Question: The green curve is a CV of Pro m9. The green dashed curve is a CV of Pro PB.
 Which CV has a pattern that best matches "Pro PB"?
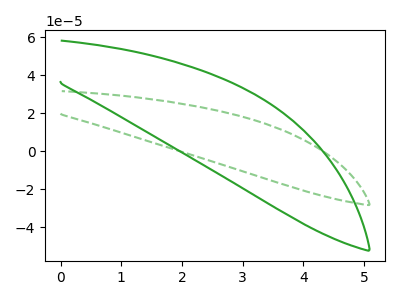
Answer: <think>The green curve "Pro m9" has no peaks. The green dashed curve "Pro PB" has no peaks.
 Neither "Pro m9" or "Pro PB" have any peaks.</think>
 <answer>The CV with the most similar shape to "Pro m9" is "Pro PB".</answer>
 <eval>"Pro PB"</eval>